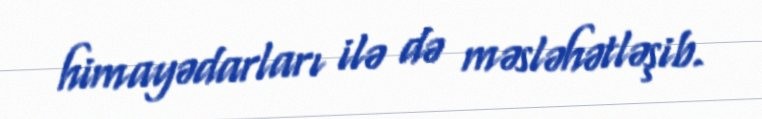
himayədarları ilə də məsləhətləşib.